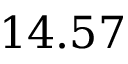
1 4 . 5 7